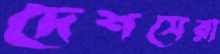
দেশসেরা